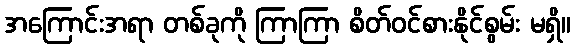
အကြောင်းအရာ တစ်ခုကို ကြာကြာ စိတ်ဝင်စားနိုင်စွမ်း မရှိ။